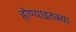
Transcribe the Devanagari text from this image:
होण्याइतक्या